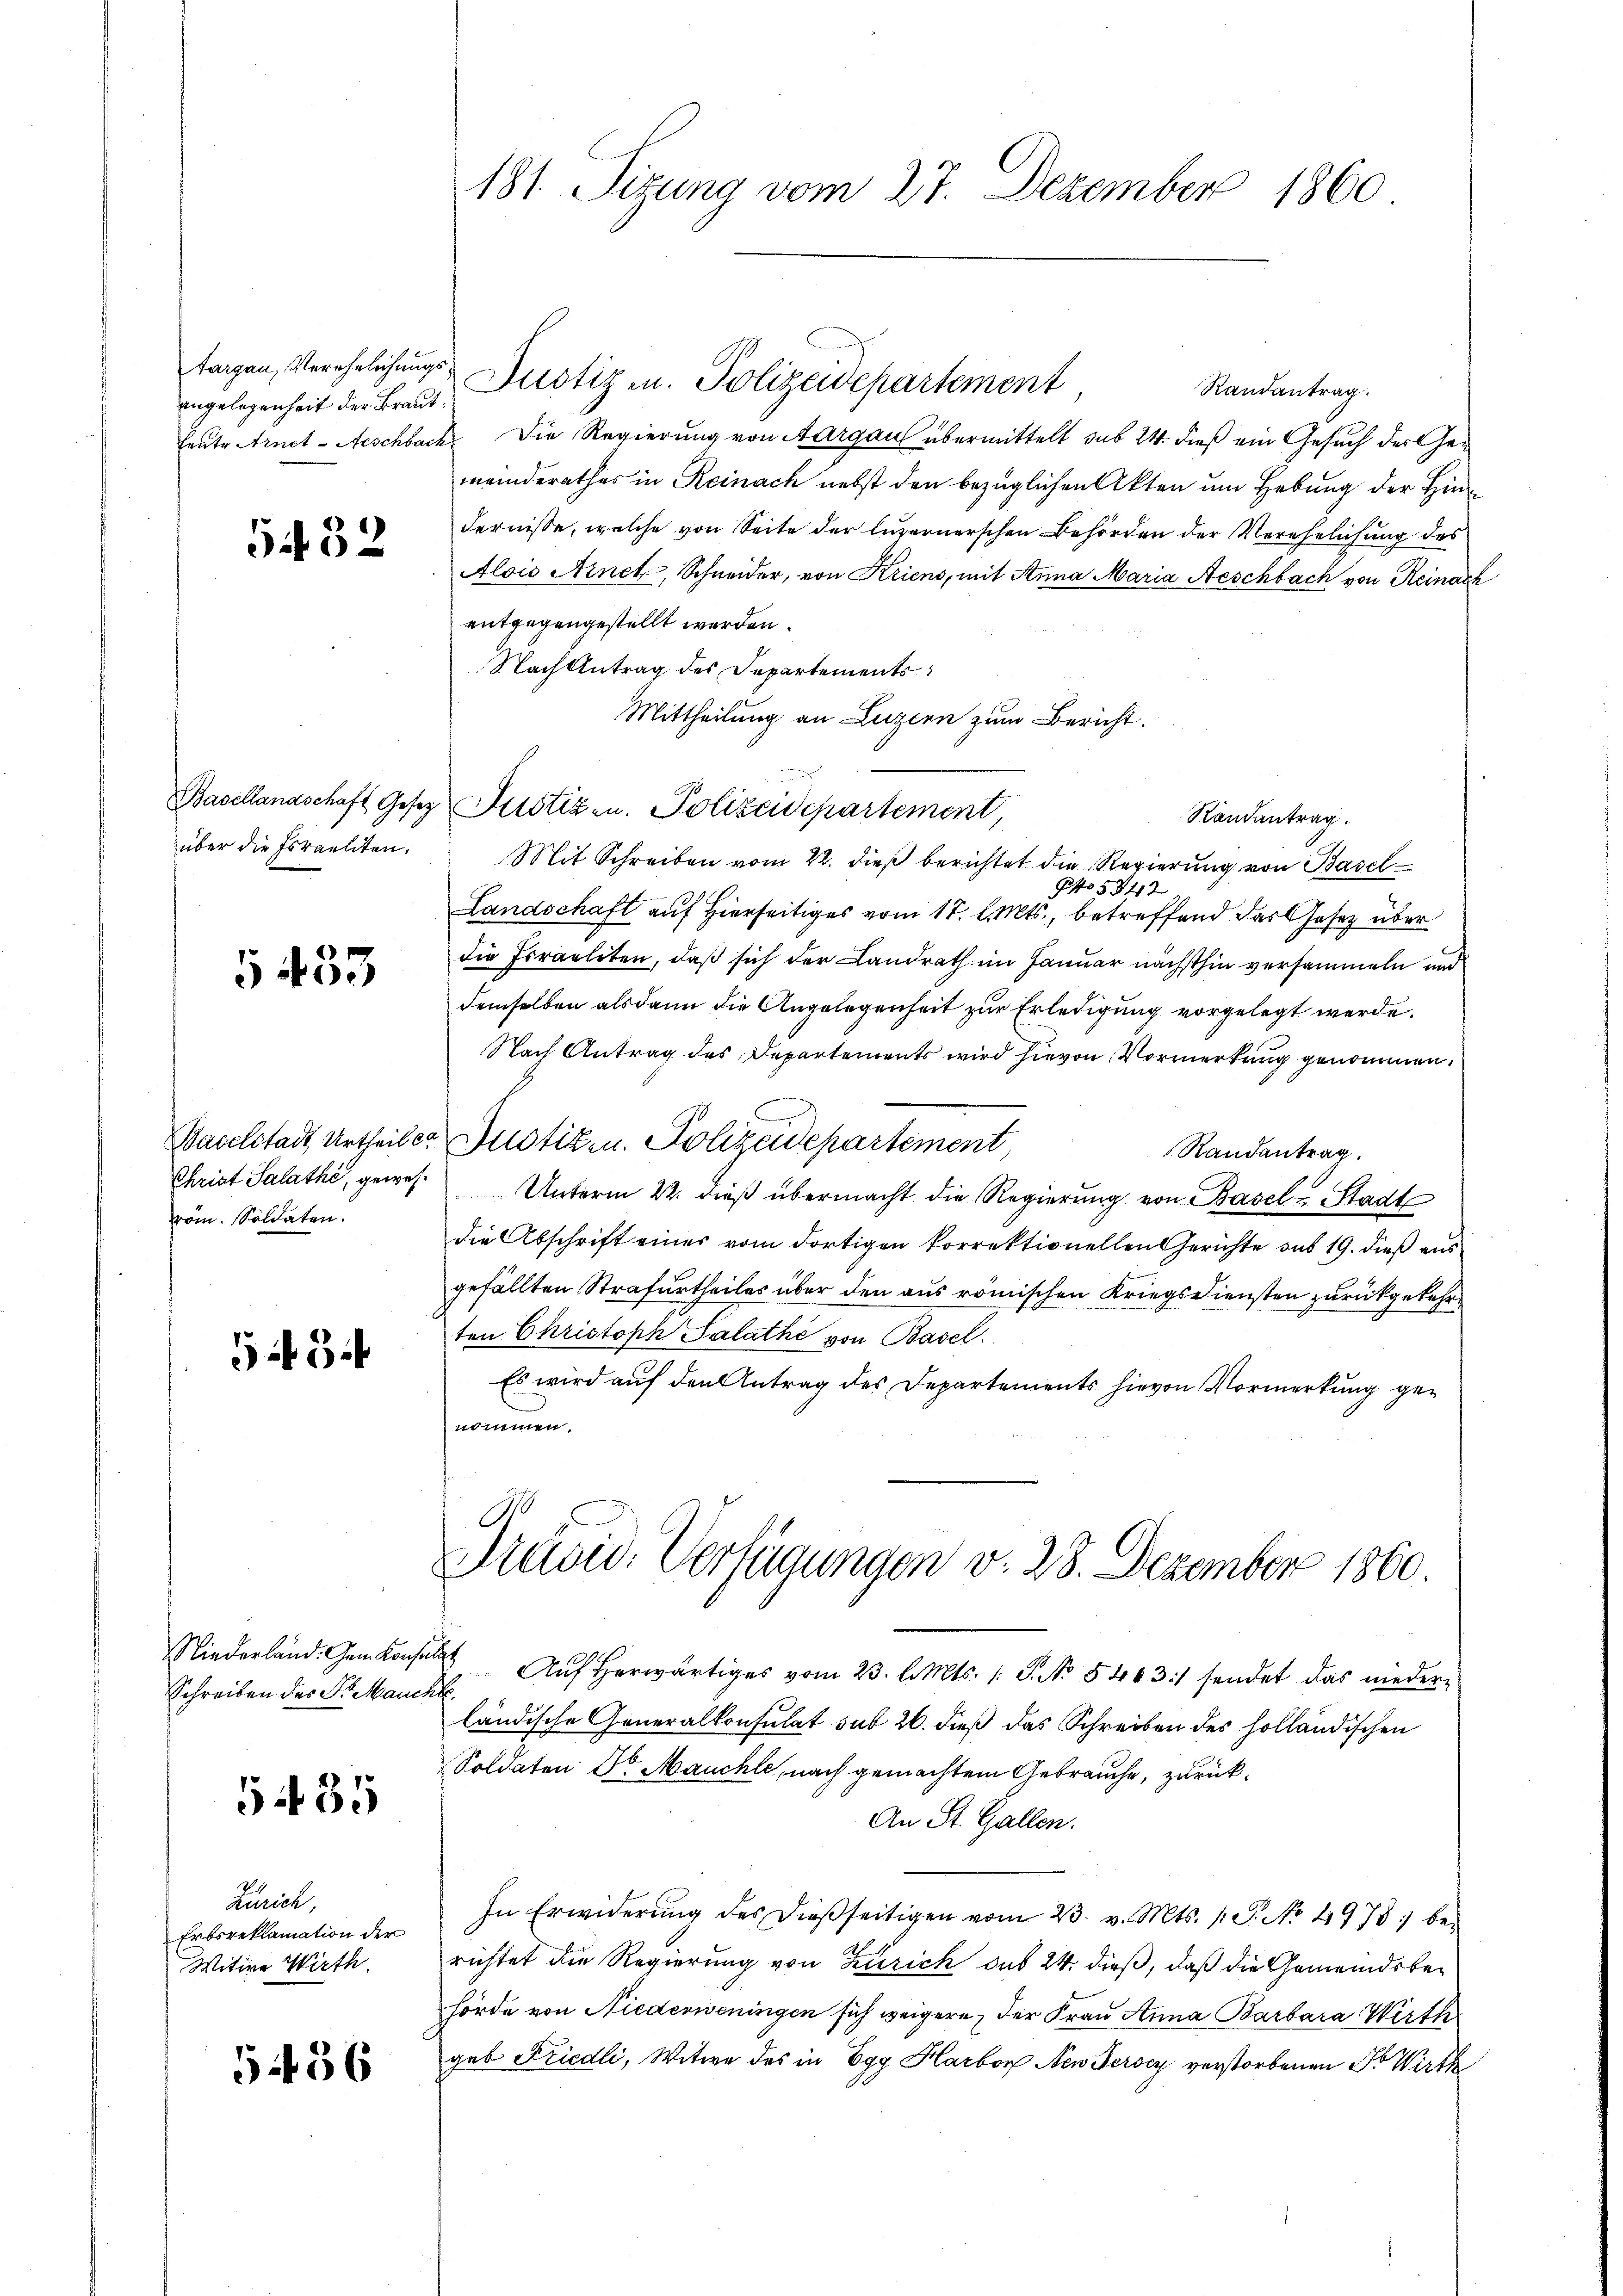
angelegenheit der Braut¬

532

über die Israeliten.

5433

röm. Soldaten.

6 3

Schreiben des Dr. Maucht.

535

Zürich,
Erbsreklamation der
Witwe Wirth

1 f 36

181 Sizung vom 27. Dezember 1860

Randantrag
Heute Arnet - Aeschbach. Die Regierung von Aargau übermittelt sub 24. dieß ein Gesuch der Gemeinderathes in Reinach nebst den bezüglichen Akten um Hebung der Hindernisse, welche von Seite der luvernerschen Behörden der Verehelichung des
Alois Arnet, Schneider, von Kriens, mit Anna Maria Aeschbach von Reinach
entgegengestellt werden.
Nach Antrag des Departements
Mittheilung an Luzern zum Bericht.
Basellandschaft Gesetz Justiz- u. Polizeidepartement,
Randantrag.
Mit Schreiben vom 22. dieß berichtet die Regierung von Basel
Pso 5742
Landschaft auf Hierseitiges vom 17. l. Mts., betreffend das Gesetz über
die Israeliten, daß sich der Landrath im Januar nächsthin versammeln und
demselben alsdann die Angelegenheit zur Erledigung vorgelegt werde.
Nach Antrag des Departements wird hievon Vormerkung genommen.
Baselstadt Urtheiler Justiz- u. Polizeidepartement,
Randantrag.
Christ Salathe, gewes. Unterm 22. dieβ übermacht die Regierŭng von Basel u. Stadt
die Abschrift einer vom dortigen korrektionellen Gerichte sub 19. dieß aus
gefällten Strafurtheiles über den aus römischen Kriegsdiensten zurückgekehr
ten Christoph Salathe von Basel.
Es wird auf den Antrag des Departements hievon Vormerkung genommen.
Präsid. Verfügungen v. 28. Dezember 1860.
Niederland. Gem. Konsen Aŭf herwärtiges vom 23. l. Mts. 1. P. No. 5463:/ sendet das nieder-
ländische Generalkonsulat sub 26. dieß das Schreiben des holländischen
Soldaten Dr Mauchte, nach gemachtem Gebrauche, zurück¬
An St. Gallen.
In Erwiderŭng des dieβseitigen vom 23. v. Mts. 1 S. No 4978, berichtet die Regierung von Zürich das 24. dieß, daß die Gemeindsbehörde von Niederweningen sich weigere, der Frau Anna Barbara Wirth
geb Friedli, Witwe des in Egg Harbon New Jersey verstorbenen Dr Wirth

tagen, Verehelichungs Justiz u. Polizeidepartement